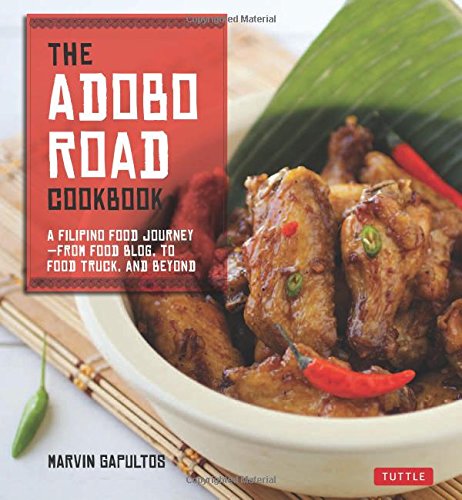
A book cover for The Adobo Road Cookbook: A Filipino Food Journey-From Food Blog, to Food Truck, and Beyond [Filipino Cookbook, 99 Recipes]; Marvin Gapultos; Cookbooks, Food & Wine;